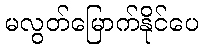
မလွတ်မြောက်နိုင်ပေ